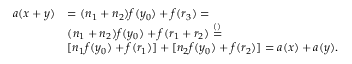
\begin{array} { r l } { a ( x + y ) } & { = ( n _ { 1 } + n _ { 2 } ) f ( y _ { 0 } ) + f ( r _ { 3 } ) = } \\ { \quad } & { ( n _ { 1 } + n _ { 2 } ) f ( y _ { 0 } ) + f ( r _ { 1 } + r _ { 2 } ) \stackrel { ( ) } { = } } \\ { \quad } & { [ n _ { 1 } f ( y _ { 0 } ) + f ( r _ { 1 } ) ] + [ n _ { 2 } f ( y _ { 0 } ) + f ( r _ { 2 } ) ] = a ( x ) + a ( y ) . } \end{array}